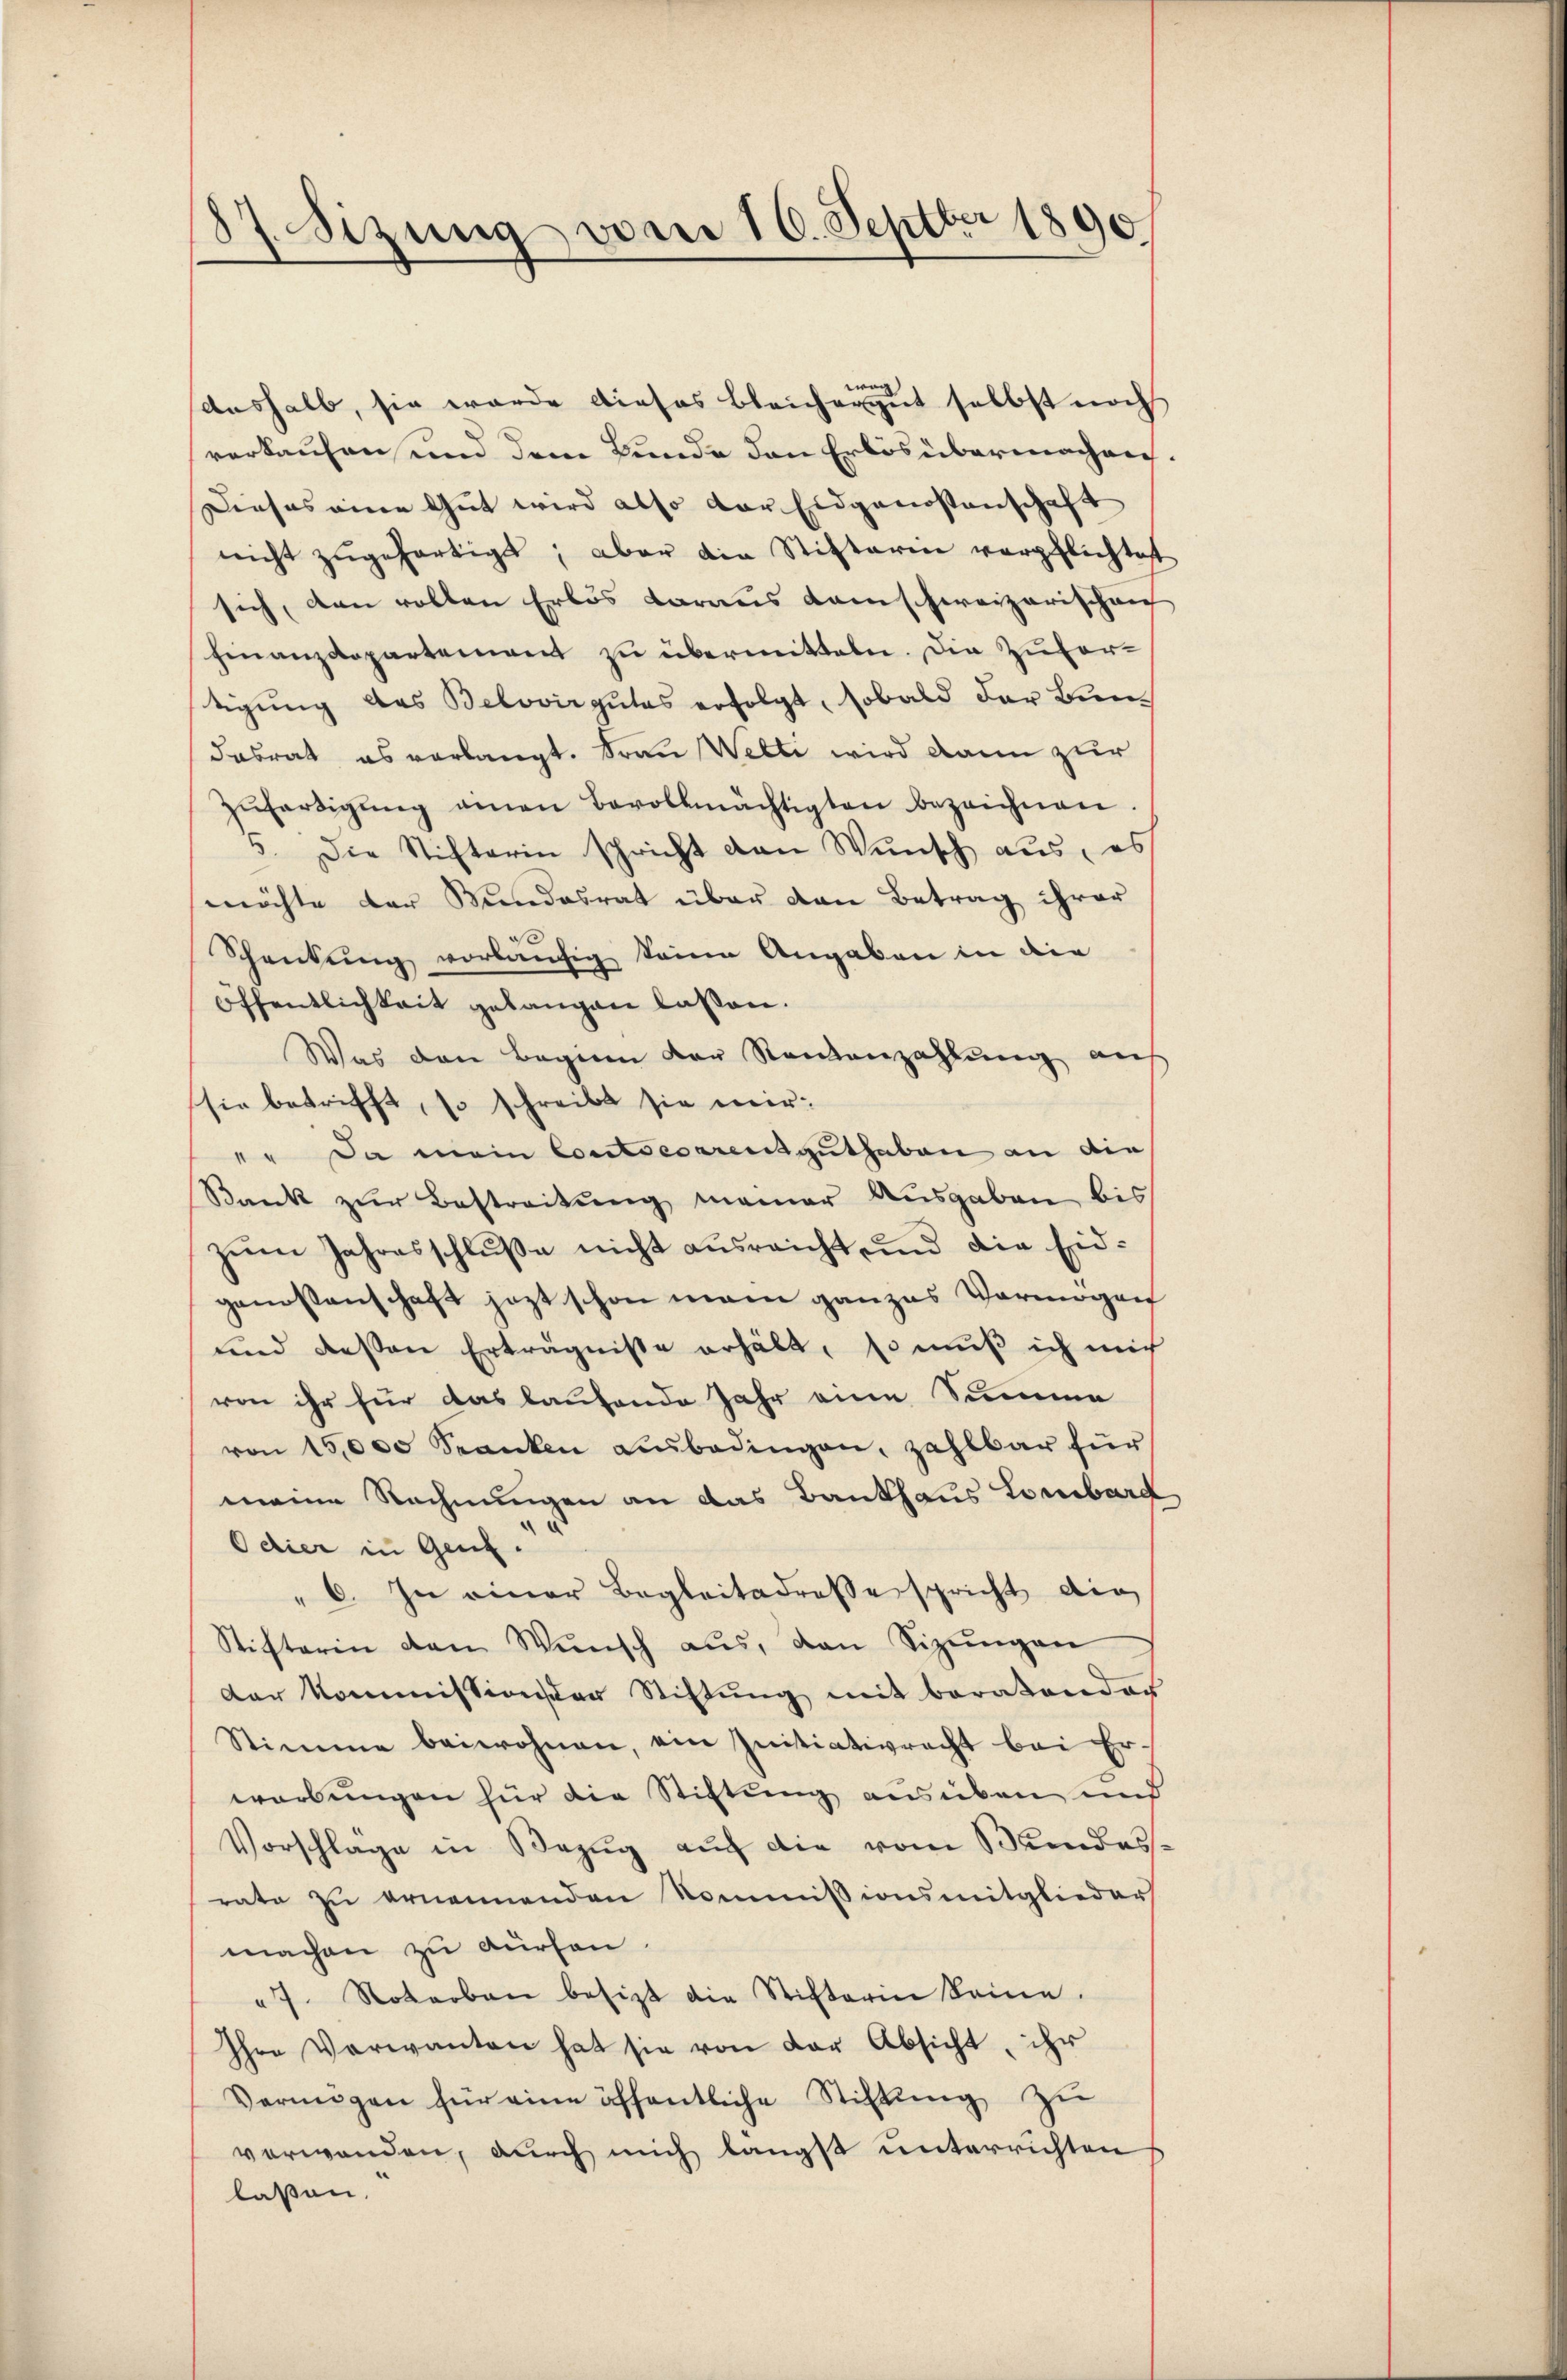
87. Sizung vom 10. Septbr 1890

wan
aushalb, sie werde dieses bleichergut selbst noch
verkaufen, und dem Bunde den Erlös übermachen.
Dieses eine Gut wird also der Eidgenossenschaft
nicht zugefertigt; aber die Stifterie verpflichtet
sich, den vollen Erlös daraus Kamschweizerischen
Finanzdepartement zu übermitteln. Die Zufortigung des Belovirgutes erfolgt, sobald der Bundasrat es verlangt. Frau Welti wird dann zur
Zŭfertigŭng einen Bevollmächtigten bezeichnen
5. Die Stifterin schricht den Wŭnsch aus, es
möchte der Mundesrat über den Betrag ihrer
Schenkung vorläufig seine Angaben in die
öffentlichkeit gelangen lassen.
Was den Beginn der Namenzahlung auf
sie betrifft, so schreibt sie mir:
" " Da mein Contserrensguthaben an die
Bank zŭr Bestreitŭng meiner Ausgaben bis
zum Jahresschluße nicht ausreicht und die Eidgenossenschaft jezt schon man ganzes Vermögen
und dessen Erträgnisse erhält, so muß ich mich
von ihr für das laufende Jahr eine Summe
von 15,000 Sranken Lŭbedingen, zahlbar für
meine Rechnungen an das Bankhaus Lombard
Odier in Genz.
"6. In einer Begleitadresserspricht die
Stifterin den Wünsch aŭs, den Sizŭngen
der kommission der Stiftŭng mit beratender
Stimme beiwohnen, ein Initiativrecht bei Erwerbungen für die Stiftung ausüben und
Vorschlage in Bezug auch die vom Bundesrate zu ernennenden Kommissionsmitglieder
machen zu dürfen.
7. Noterbau besitzt die Stifterin keine.
Ihre Verwanten hat sie von der Absicht, ihr
Vermögen für eine öffentliche Stiftung zu
verwanden, durch mich längst unterrichten
lassen.